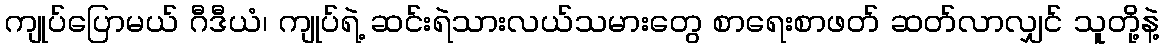
ကျုပ်ပြောမယ် ဂီဒီယံ၊ ကျုပ်ရဲ့ ဆင်းရဲသားလယ်သမားတွေ စာရေးစာဖတ် ဆတ်လာလျှင် သူတို့နဲ့